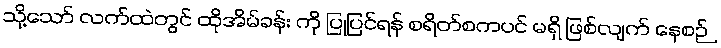
သို့သော် လက်ထဲတွင် ထိုအိမ်ခန်း ကို ပြုပြင်ရန် စရိတ်စကပင် မရှိ ဖြစ်လျက် နေစဉ်